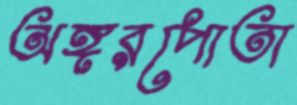
অঙ্গরপোতা